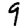
Digit: 9